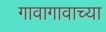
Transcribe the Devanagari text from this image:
गावागावाच्या